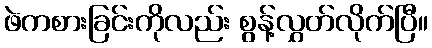
ဖဲကစားခြင်းကိုလည်း စွန့်လွှတ်လိုက်ပြီ။